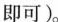
即可)。